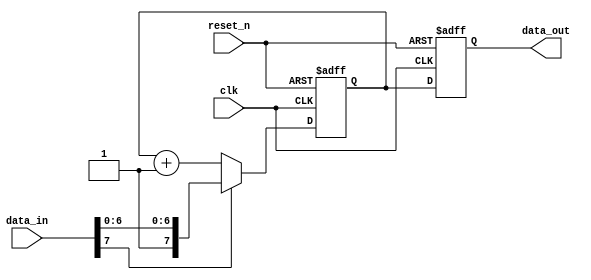
module synchronous_design (
    input wire clk,          // Clock signal
    input wire reset_n,     // Active-low reset signal
    input wire [7:0] data_in, // 8-bit input data
    output reg [7:0] data_out // 8-bit output data
);

    // Internal state variable
    reg [7:0] internal_state;

    // Always block triggered on the positive edge of the clock
    always @ (posedge clk or negedge reset_n) begin
        if (!reset_n) begin
            // Reset state on active-low reset
            internal_state <= 8'b0; // Initialize internal state to 0
            data_out <= 8'b0;       // Initialize output to 0
        end else begin
            // Update internal state and output based on input data
            if (data_in[7]) begin
                // Conditional logic based on input data
                internal_state <= data_in; // Capture input data if MSB is set
            end else begin
                internal_state <= internal_state + 1; // Increment state otherwise
            end
            
            // Assign internal state to output
            data_out <= internal_state;
        end
    end

endmodule